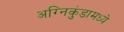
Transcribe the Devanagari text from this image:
अग्निकुंडामध्ये